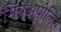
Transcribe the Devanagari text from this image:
मिन्नेअपोलिस